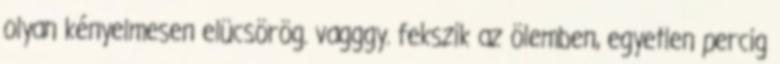
olyan kényelmesen elücsörög. vagggy. fekszik az ölemben, egyetlen percig